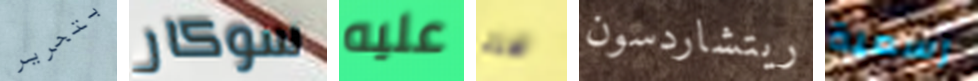
بتحرير سوكار عليه هذه ريتشاردسون رسمية